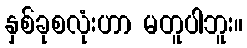
နှစ်ခုစလုံးဟာ မတူပါဘူး။